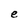
Character: e